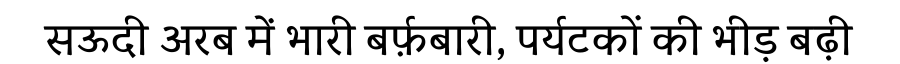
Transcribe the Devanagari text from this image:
सऊदी अरब में भारी बर्फ़बारी, पर्यटकों की भीड़ बढ़ी